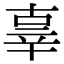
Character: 辜